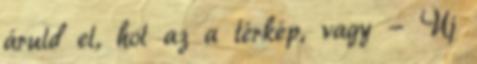
áruld el, hol az a térkép, vagy - Új